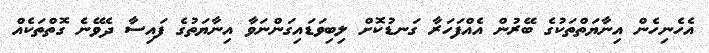
އެހެނިހެން އިނާޔަތްތަކުގެ ބޭރުން އެއްފަހަރާ ގަނޑުކޮށް ލިބިވަޑައިގަންނަވާ އިނާޔަތުގެ ފައިސާ ދެވޭނެ ގޮތްތަކެއް